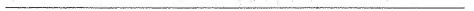
————————————————